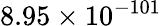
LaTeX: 8.95\times 10^{-101}